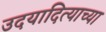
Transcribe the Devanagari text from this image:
उदयादित्याच्या